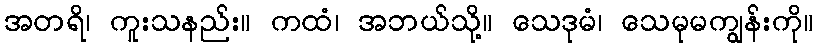
အတရိ၊ ကူးသနည်း။ ကထံ၊ အဘယ်သို့။ သေဒုမံ၊ သေမုမကျွန်းကို။